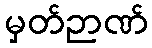
မှတ်ဉာဏ်